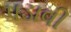
પડાવી